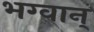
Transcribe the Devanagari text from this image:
भग्वान्